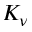
K _ { \nu }